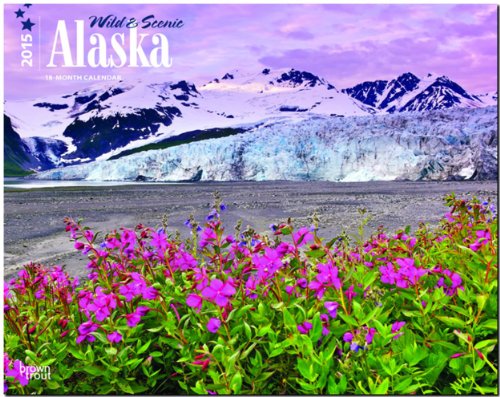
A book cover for Alaska, Wild & Scenic 2015 Deluxe; BrownTrout; Calendars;